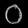
Digit: ၀